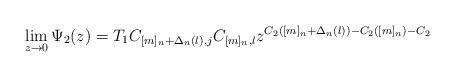
LaTeX: \begin{align*}\lim_{z \rightarrow 0} \Psi_2 (z)=T_1 C_{[m]_n +\Delta_n (l), j}C_{[m]_n , l}z^{C_2 ([m]_n +\Delta_n (l))-C_2 ([m]_n)-C_2}\end{align*}